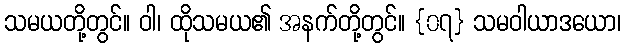
သမယတို့တွင်။ ဝါ၊ ထိုသမယ၏ အနက်တို့တွင်။ {၀၇} သမဝါယာဒယော၊